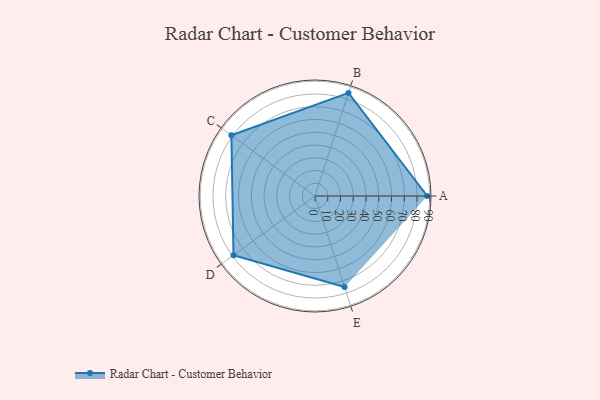
{"axis": {"x": "Skill", "y": "Score"}, "legend": ["Profile"], "data": [{"x": "A", "y": 88.0, "type": "Profile"}, {"x": "B", "y": 85.0, "type": "Profile"}, {"x": "C", "y": 81.0, "type": "Profile"}, {"x": "D", "y": 79.0, "type": "Profile"}, {"x": "E", "y": 75.0, "type": "Profile"}]}